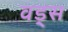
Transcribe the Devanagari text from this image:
वड्स